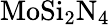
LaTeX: \mathrm{MoSi_{2}N_{4}}